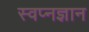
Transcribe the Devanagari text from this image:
स्वप्नज्ञान